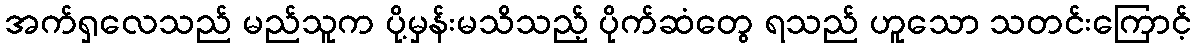
အက်ရှလေသည် မည်သူက ပို့မှန်းမသိသည့် ပိုက်ဆံတွေ ရသည် ဟူသော သတင်းကြောင့်